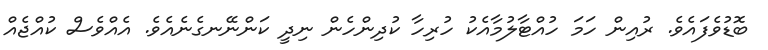
ބޮޑުވެފައެވެ. ރުއިން ހަމަ ހުއްޓާލުމާއެކު ހުރިހާ ކުދިންހެން ނިދީ ކަންނޭނގެނެއެވެ. އެއްވެސް ކުއްޖެއް